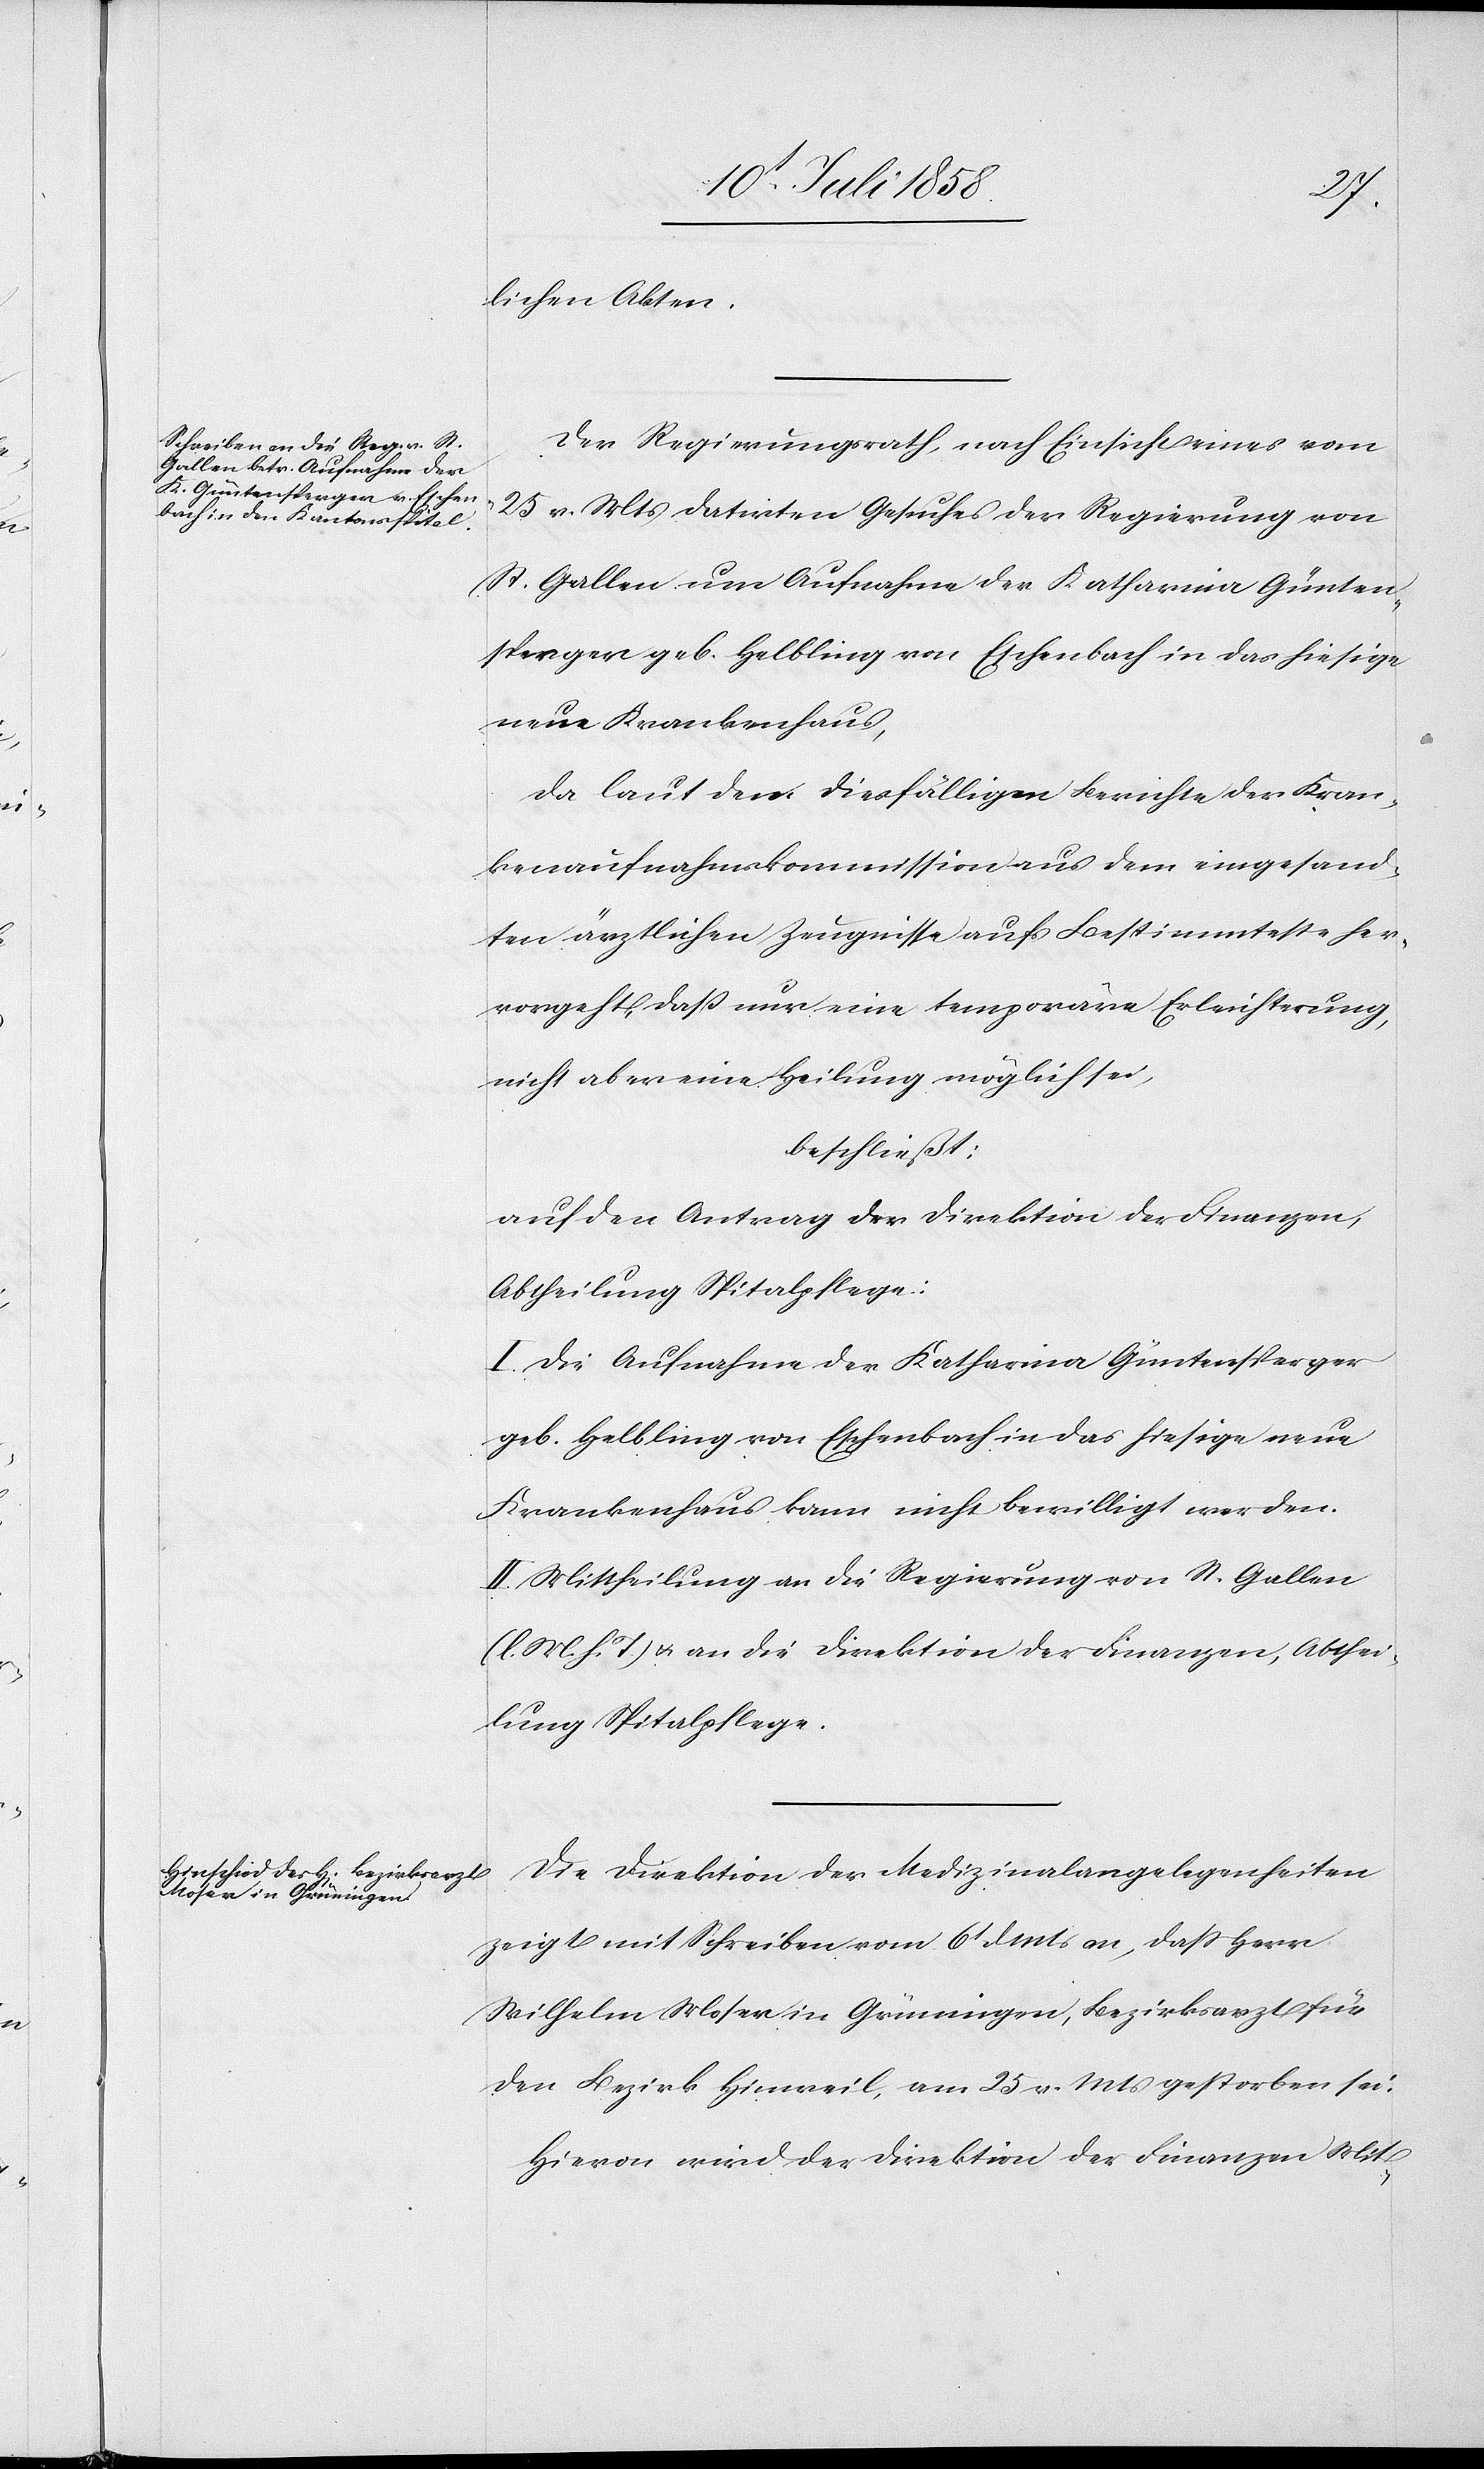
lichen Akten.
Der Regierungsrath, nach Einsicht eines vom
25 v. Mts datirten Gesuches der Regierung von
St. Gallen um Aufnahme der Katharina Günten¬
sperger geb. Helbling von Eschenbach in das hiesige
neue Krankenhaus,
da laut dem diesfälligen Berichte der Kran¬
kenaufnahmskommission aus dem eingesand¬
ten ärztlichen Zeugnisse aufs Bestimmteste her¬
vorgeht, daß nur eine temporäre Erleichterung,
nicht aber eine Heilung möglich sei,
beschließt:
auf den Antrag der Direktion der Finanzen,
Abtheilung Spitalpflege:
I. Die Aufnahme der Katharina Güntensperger
geb. Helbling von Eschenbach in das hiesige neue
Krankenhaus kann nicht bewilligt werden.
II. Mittheilung an die Regierung von St. Gallen
(l. M. h. T) & an die Direktion der Finanzen, Abthei¬
lung Spitalpflege.
Die Direktion der Medizinalangelegenheiten
zeigt mit Schreiben vom 6t d Mts an, dass Herr
Wilhelm Moser in Grüningen, Bezirksarzt für
den Bezirk Hinweil, am 25 v. Mts gestorben sei.
Hievon wird der Direktion der Finanzen Mit-